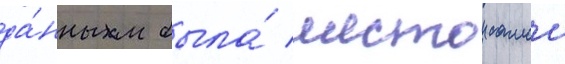
да́нным была́ шестои самои